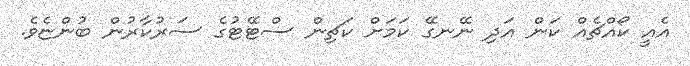
އެއީ ކޯއްޗެއް ކަން އަދި ނޭނގޭ ކަމަށް ކަޗިން ސްޓޭޓުގެ ސަރުކާރުން ބުންޏެވެ.